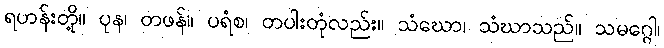
ရဟန်းတို့။ ပုန၊ တဖန်။ ပရံစ၊ တပါးတုံလည်း။ သံဃော၊ သံဃာသည်။ သမဂ္ဂေါ၊